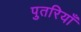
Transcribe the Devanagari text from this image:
पुतरियाँ